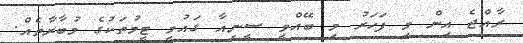
ރާއްޖެ އިން މި ފަހަރު މި ބޭއްވީ ސީނިއާ ގައުމީ ޓީމުތަކުގެ މުބާރާތެއް.